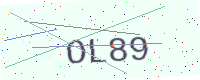
Text: OL89